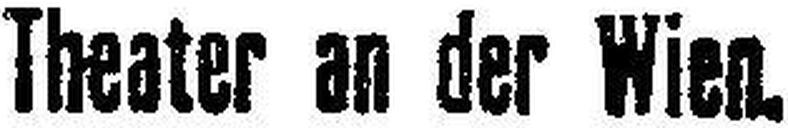
Theater an der Wien.